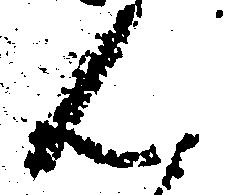
ん